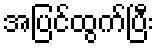
အပြင်ထွက်ပြီး